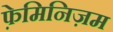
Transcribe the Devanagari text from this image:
फ़ेमिनिज़म